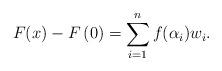
LaTeX: \begin{align*}F(x)-F\left(0\right)=\sum_{i=1}^{n}f(\alpha_{i})w_{i}.\end{align*}